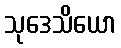
သုဒေသိယော